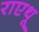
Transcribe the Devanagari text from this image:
राएथू